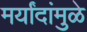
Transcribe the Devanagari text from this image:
मर्यांदांमुळे